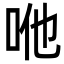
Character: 咃